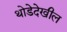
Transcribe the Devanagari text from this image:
थोडेदेखील